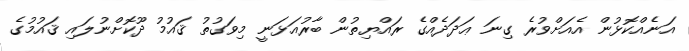
އަނެއްކޮޅުން އެއަށްވުރެ ގިނަ ޢަދަދެއްގެ ރައްޔިތުން ބާރުއަޅަނީ މިވަގުތު ޤައުމު ދޫކޮށްނުލައި ޤައުމުގެ